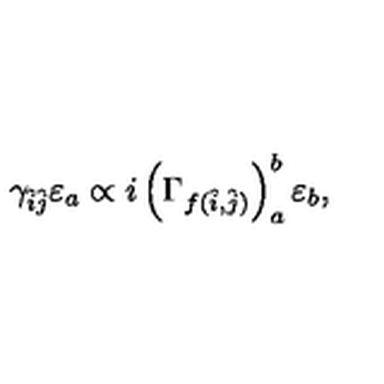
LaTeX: \gamma _ { \hat { i } \hat { j } } \varepsilon _ { a } \propto i \left( \Gamma _ { f ( \hat { i } , \hat { j } ) } \right) _ { a } ^ { b } \varepsilon _ { b } ,